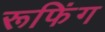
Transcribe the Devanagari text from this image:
रूफिंग